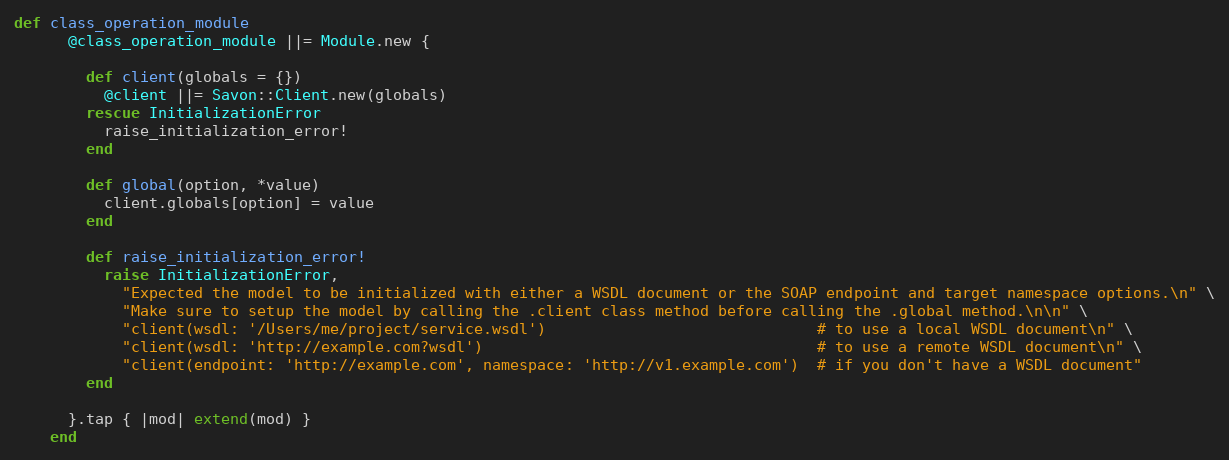
Language: Ruby
def class_operation_module
      @class_operation_module ||= Module.new {

        def client(globals = {})
          @client ||= Savon::Client.new(globals)
        rescue InitializationError
          raise_initialization_error!
        end

        def global(option, *value)
          client.globals[option] = value
        end

        def raise_initialization_error!
          raise InitializationError,
            "Expected the model to be initialized with either a WSDL document or the SOAP endpoint and target namespace options.\n" \
            "Make sure to setup the model by calling the .client class method before calling the .global method.\n\n" \
            "client(wsdl: '/Users/me/project/service.wsdl')                              # to use a local WSDL document\n" \
            "client(wsdl: 'http://example.com?wsdl')                                     # to use a remote WSDL document\n" \
            "client(endpoint: 'http://example.com', namespace: 'http://v1.example.com')  # if you don't have a WSDL document"
        end

      }.tap { |mod| extend(mod) }
    end